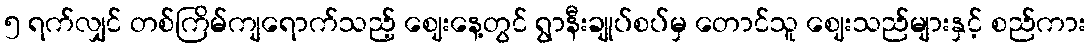
၅ ရက်လျှင် တစ်ကြိမ်ကျရောက်သည့် ဈေးနေ့တွင် ရွာနီးချုပ်စပ်မှ တောင်သူ ဈေးသည်များနှင့် စည်ကား